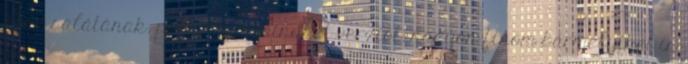
kész salátának, próbáltam mindkét verziót, nagyon finom bármelyiket is